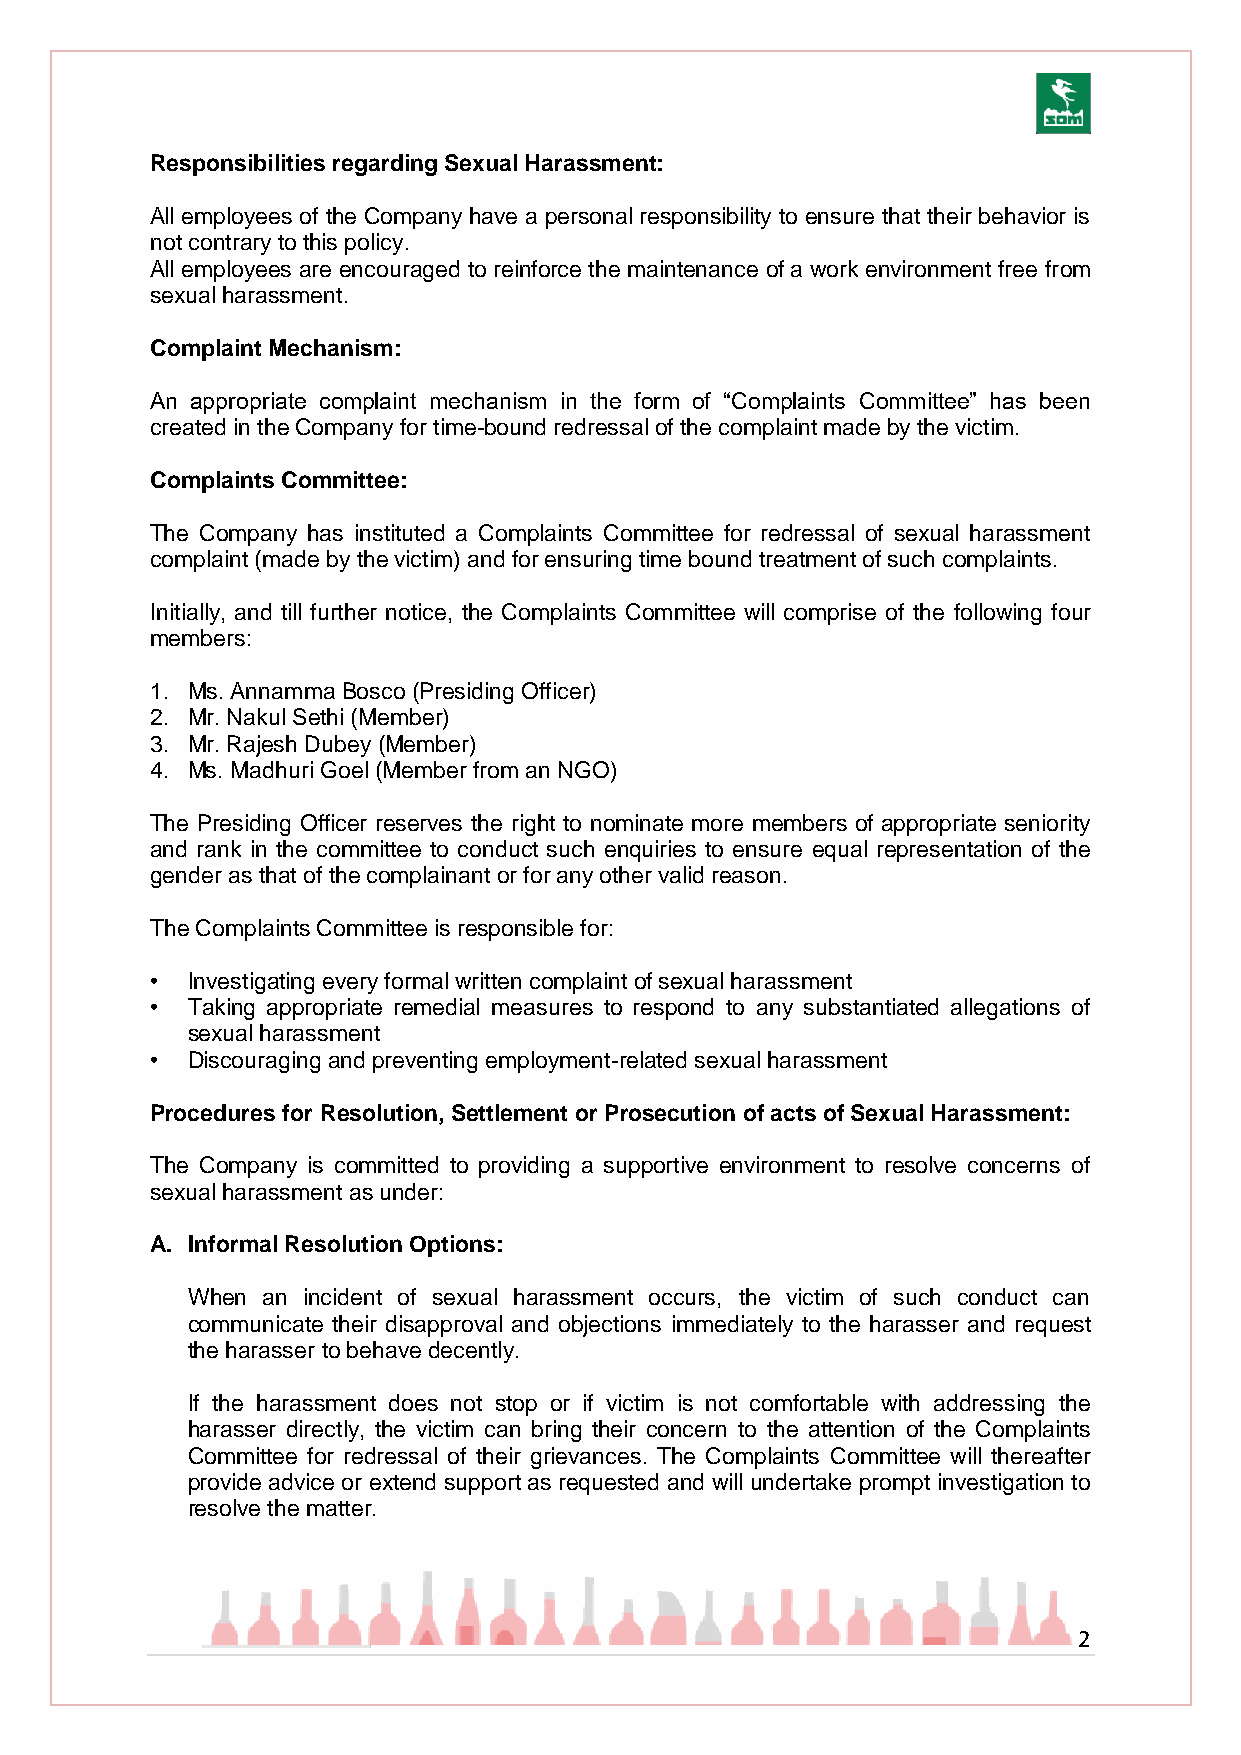
Responsibilities regarding Sexual Harassment:
 All employees of the Company have a personal responsibility to ensure that their behavior is
 not contrary to this policy.
 All employees are encouraged to reinforce the maintenance of a work environment free from
 sexual harassment.
 Complaint Mechanism:
 An appropriate complaint mechanism in the form of “Complaints Committee” has been
 created in the Company for time-bound redressal of the complaint made by the victim.
 Complaints Committee:
 The Company has instituted a Complaints Committee for redressal of sexual harassment
 complaint (made by the victim) and for ensuring time bound treatment of such complaints.
 Initially, and till further notice, the Complaints Committee will comprise of the following four
 members:
 1. Ms. Annamma Bosco (Presiding Officer)
 2. Mr. Nakul Sethi (Member)
 3. Mr. Rajesh Dubey (Member)
 4. Ms. Madhuri Goel (Member from an NGO)
 The Presiding Officer reserves the right to nominate more members of appropriate seniority
 and rank in the committee to conduct such enquiries to ensure equal representation of the
 gender as that of the complainant or for any other valid reason.
 The Complaints Committee is responsible for:
 • Investigating every formal written complaint of sexual harassment
 • Taking appropriate remedial measures to respond to any substantiated allegations of
 sexual harassment
 • Discouraging and preventing employment-related sexual harassment
 Procedures for Resolution, Settlement or Prosecution of acts of Sexual Harassment:
 The Company is committed to providing a supportive environment to resolve concerns of
 sexual harassment as under:
 A. Informal Resolution Options:
 When an incident of sexual harassment occurs, the victim of such conduct can
 communicate their disapproval and objections immediately to the harasser and request
 the harasser to behave decently.
 If the harassment does not stop or if victim is not comfortable with addressing the
 harasser directly, the victim can bring their concern to the attention of the Complaints
 Committee for redressal of their grievances. The Complaints Committee will thereafter
 provide advice or extend support as requested and will undertake prompt investigation to
 resolve the matter.
 2